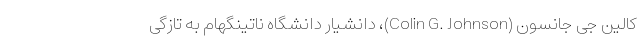
کالین جی جانسون (Colin G. Johnson)، دانشیار دانشگاه ناتینگهام به تازگی